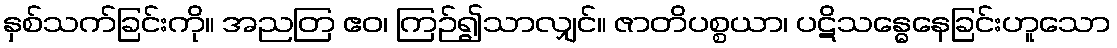
နှစ်သက်ခြင်းကို။ အညတြ ဧဝ၊ ကြဉ်၍သာလျှင်။ ဇာတိပစ္စယာ၊ ပဋိသန္ဓေနေခြင်းဟူသော